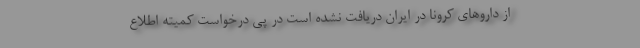
از داروهای کرونا در ایران دریافت نشده است در پی درخواست کمیته اطلاع